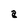
Character: a